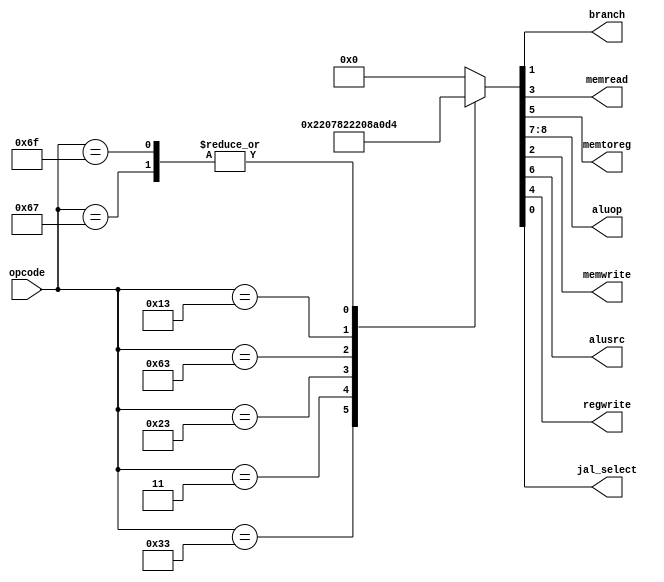
module maincontrol(opcode, branch, memread, memtoreg, aluop, memwrite, alusrc, regwrite, jal_select);

  //opcode types
  localparam I    = 7'b0010011;
  localparam S    = 7'b0100011;
  localparam SB   = 7'b1100011;
  localparam I_LD = 7'b0000011;
  localparam R    = 7'b0110011;
  localparam J    = 7'b1101111;
  localparam J_R  = 7'b1100111;

  input [6:0] opcode;

  output reg branch, memread, memtoreg, memwrite, alusrc, regwrite, jal_select;
  output reg [1:0] aluop;

  always @ (opcode)
    begin
      case (opcode)
        R:
          {aluop, alusrc, memtoreg, regwrite, memread, memwrite, branch, jal_select} <= 9'b10_0_0_1_0_0_0_0;
        I_LD:
          {aluop, alusrc, memtoreg, regwrite, memread, memwrite, branch, jal_select} <= 9'b00_1_1_1_1_0_0_0;
        S:
          {aluop, alusrc, memtoreg, regwrite, memread, memwrite, branch, jal_select} <= 9'b00_1_0_0_0_1_0_0;
        SB:
          {aluop, alusrc, memtoreg, regwrite, memread, memwrite, branch, jal_select} <= 9'b01_0_0_0_0_0_1_0;
        I: // for addi (i-type)
          {aluop, alusrc, memtoreg, regwrite, memread, memwrite, branch, jal_select} <= 9'b00_1_0_1_0_0_0_0;
        J, J_R:
          {aluop, alusrc, memtoreg, regwrite, memread, memwrite, branch, jal_select} <= 9'b01_1_0_1_0_0_1_1;
        default:
          {aluop, alusrc, memtoreg, regwrite, memread, memwrite, branch, jal_select} <= 9'b00_0_0_0_0_0_0_0;
      endcase
    end

endmodule